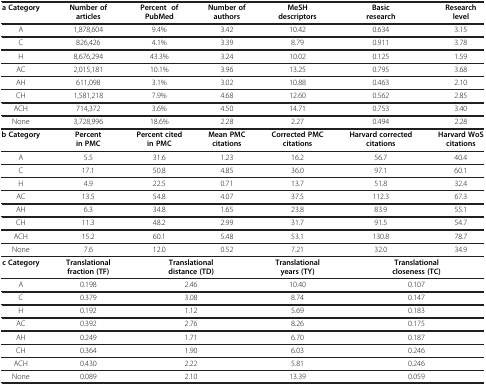
<table><thead><tr><td><b>a Category</b></td><td><b>Number of articles</b></td><td><b>Percent of PubMed</b></td><td><b>Number of authors</b></td><td><b>MeSH descriptors</b></td><td><b>Basic research</b></td><td><b>Research level</b></td></tr></thead><tbody><tr><td>A</td><td>1,878,604</td><td>9.4%</td><td>3.42</td><td>10.42</td><td>0.634</td><td>3.15</td></tr><tr><td>C</td><td>826,426</td><td>4.1%</td><td>3.39</td><td>8.79</td><td>0.911</td><td>3.78</td></tr><tr><td>H</td><td>8,676,294</td><td>43.3%</td><td>3.24</td><td>10.02</td><td>0.125</td><td>1.59</td></tr><tr><td>AC</td><td>2,015,181</td><td>10.1%</td><td>3.96</td><td>13.25</td><td>0.795</td><td>3.68</td></tr><tr><td>AH</td><td>611,098</td><td>3.1%</td><td>3.02</td><td>10.88</td><td>0.463</td><td>2.10</td></tr><tr><td>CH</td><td>1,581,218</td><td>7.9%</td><td>4.68</td><td>12.60</td><td>0.562</td><td>2.85</td></tr><tr><td>ACH</td><td>714,372</td><td>3.6%</td><td>4.50</td><td>14.71</td><td>0.753</td><td>3.40</td></tr><tr><td>None</td><td>3,728,996</td><td>18.6%</td><td>2.28</td><td>2.27</td><td>0.494</td><td>2.28</td></tr><tr><td><b>b Category</b></td><td><b>Percent in PMC</b></td><td><b>Percent cited in PMC</b></td><td><b>Mean PMC citations</b></td><td><b>Corrected PMC citations</b></td><td><b>Harvard corrected citations</b></td><td><b>Harvard WoS citations</b></td></tr><tr><td>A</td><td>5.5</td><td>31.6</td><td>1.23</td><td>16.2</td><td>56.7</td><td>40.4</td></tr><tr><td>C</td><td>17.1</td><td>50.8</td><td>4.85</td><td>36.0</td><td>97.1</td><td>60.1</td></tr><tr><td>H</td><td>4.9</td><td>22.5</td><td>0.71</td><td>13.7</td><td>51.8</td><td>32.4</td></tr><tr><td>AC</td><td>13.5</td><td>54.8</td><td>4.07</td><td>37.5</td><td>112.3</td><td>67.3</td></tr><tr><td>AH</td><td>6.3</td><td>34.8</td><td>1.65</td><td>23.8</td><td>83.9</td><td>55.1</td></tr><tr><td>CH</td><td>11.3</td><td>48.2</td><td>2.99</td><td>31.7</td><td>91.5</td><td>54.7</td></tr><tr><td>ACH</td><td>15.2</td><td>60.1</td><td>5.48</td><td>53.1</td><td>130.8</td><td>78.7</td></tr><tr><td>None</td><td>7.6</td><td>12.0</td><td>0.52</td><td>7.21</td><td>32.0</td><td>34.9</td></tr><tr><td><b>c Category</b></td><td><b>Translational fraction (TF)</b></td><td colspan="2"><b>Translational distance (TD)</b></td><td><b>Translational years (TY)</b></td><td colspan="2"><b>Translational closeness (TC)</b></td></tr><tr><td>A</td><td>0.198</td><td colspan="2">2.46</td><td>10.40</td><td colspan="2">0.107</td></tr><tr><td>C</td><td>0.379</td><td colspan="2">3.08</td><td>8.74</td><td colspan="2">0.147</td></tr><tr><td>H</td><td>0.192</td><td colspan="2">1.12</td><td>5.69</td><td colspan="2">0.183</td></tr><tr><td>AC</td><td>0.392</td><td colspan="2">2.76</td><td>8.26</td><td colspan="2">0.175</td></tr><tr><td>AH</td><td>0.249</td><td colspan="2">1.71</td><td>6.70</td><td colspan="2">0.187</td></tr><tr><td>CH</td><td>0.364</td><td colspan="2">1.90</td><td>6.03</td><td colspan="2">0.246</td></tr><tr><td>ACH</td><td>0.430</td><td colspan="2">2.22</td><td>5.81</td><td colspan="2">0.246</td></tr><tr><td>None</td><td>0.089</td><td colspan="2">2.10</td><td>13.39</td><td colspan="2">0.059</td></tr></tbody></table>